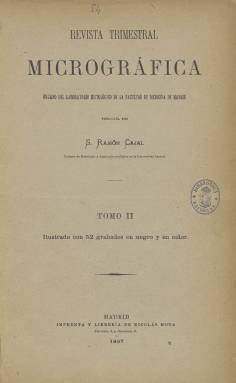
Título: Revista trimestral micrográfica
Otros títulos: Revista micrográfica
Colección: Medicina
Ámbito geográfico: Madrid
Lugar de publicación: Madrid
Fechas: 01/01/1897-31/12/1897

Esta publicación creada por el médico y científico Santiago Ramón y Cajal en 1896 recogió sus trabajos en histología y anatomía patológica y fue de una gran importancia para que, diez años después, en 1906, recibiera el Premio Nobel de Medicina por sus investigaciones del sistema nervioso y su doctrina de la neurona.

  Se trata de una publicación altamente especializada, con artículos firmados por Ramón y Cajal y otros miembros del Laboratorio Histológico de la Facultad de Medicina de Madrid. La Biblioteca Nacional de España posee los dos primeros volúmenes de la revista, publicados en 1896 y 1897, de los cuales solo está digitalizado el segundo. La colección completa de esta revista (1896-1900) se puede encontrar en la biblioteca digital del CSIC.

    Ramón y Cajal se propuso con la creación de la revista tener un medio de publicación de sus trabajos y estimular las investigaciones de sus discípulos. En la publicación, que concluyó en 1900, se publicaron los artículos que sostuvieron la teoría neuronal. El texto de gran número de los artículos se ve acompañado de dibujos de las estructuras nerviosas aprehendidas por medio del microscopio, lo que facilita la divulgación de los contenidos.

   A partir de 1901, las investigaciones de Cajal y sus discípulos siguieron publicándose en otra revista, que se puede considerar continuación de la Revista Trimestral Micrográfica. Se trata de la publicación titulada Trabajos del Laboratorio de Investigaciones Biológicas de la Universidad de Madrid, que se prolongó hasta 1937.

   En la Universidad Complutense se puede consultar, además, la Colección Digital Cajal, en la que están recopilados una muestra o selección de los trabajos científicos del Premio Nobel español publicados en revistas españolas y extranjeras, sobre todo francesas y alemanas. La Revista Trimestral Micrográfica y su continuación tienen el gran valor de ser publicaciones impulsadas por el propio Cajal para dar a conocer sus descubrimientos.

[Descripción modificada el 14/8/2023]